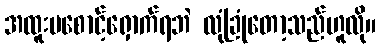
အထူးမစောင့်ရှောက်ရဘဲ လုံခြုံတော့သည်ဟူလို။